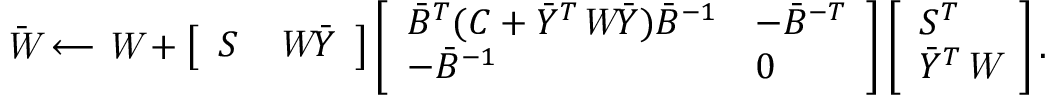
\bar { \emph W } \longleftarrow \emph W + \left[ \begin{array} { l l } { S } & { \emph W \bar { Y } } \end{array} \right] \left[ \begin{array} { l l } { \bar { B } ^ { T } ( C + \bar { Y } ^ { T } \emph W \bar { Y } ) \bar { B } ^ { - 1 } } & { - \bar { B } ^ { - T } } \\ { - \bar { B } ^ { - 1 } } & { 0 } \end{array} \right] \left[ \begin{array} { l } { S ^ { T } } \\ { \bar { Y } ^ { T } \emph W } \end{array} \right] .